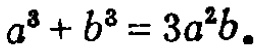
\(a^{3}+b^{3}=3a^{2}b。\)